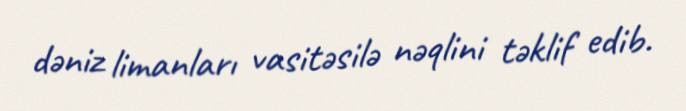
dəniz limanları vasitəsilə nəqlini təklif edib.